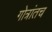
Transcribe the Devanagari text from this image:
गोत्रांतच